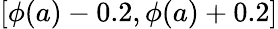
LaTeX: [\phi(a)-0.2,\phi(a)+0.2]